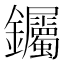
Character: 钃